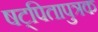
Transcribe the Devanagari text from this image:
षट्पितापुत्रक